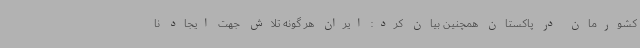
کشورمان در پاکستان همچنین بیان کرد: ایران هر گونه تلاش جهت ایجاد نا